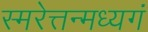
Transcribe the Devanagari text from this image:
स्मरेत्तन्मध्यगं